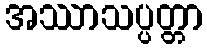
အဿာသပ္ပတ္တာ